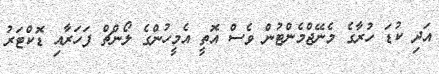
އަދި ކުޑަ ހުރާގެ މެނޭޖްމެންޓުން ވެސް އޮތީ އެމީހުންގެ ލޯންޗް ފަހަރާއި ޑޮކްޓަރު